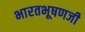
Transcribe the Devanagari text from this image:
भारतभूषणजी